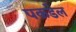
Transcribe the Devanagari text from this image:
पकडेल